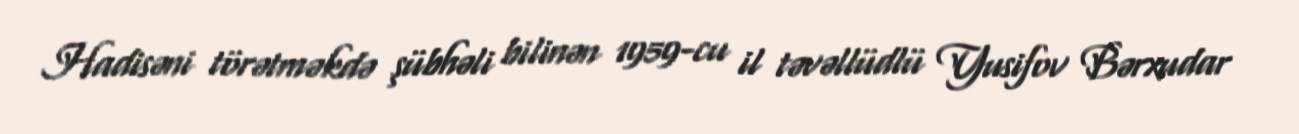
Hadisəni törətməkdə şübhəli bilinən 1959-cu il təvəllüdlü Yusifov Bərxudar